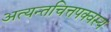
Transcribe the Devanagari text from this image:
अत्यन्तचित्तपक्वस्य